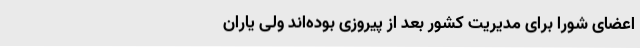
اعضای ‌شورا برای‌ مدیریت‌ کشور بعد از پیروزی‌ بوده‌اند ولی‌ یاران‌